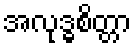
အလုဒ္ဓစိတ္တာ